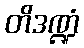
တိဒဏ္ဍံ